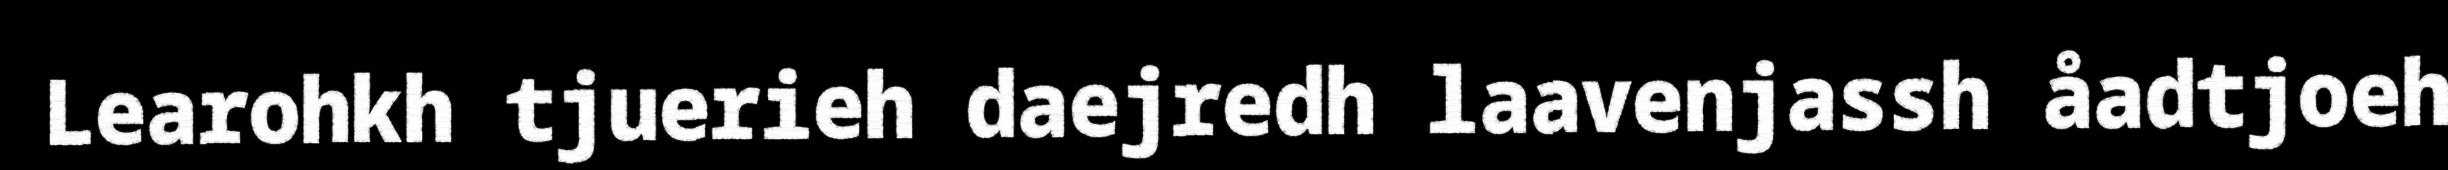
Learohkh tjuerieh daejredh laavenjassh åadtjoeh